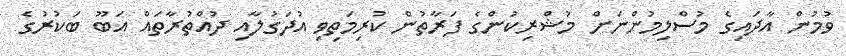
ވުމުން އާދައިގެ މުސްލިމުންނަށް މުޝްރިކުންގެ ފަރާތުން ކުރިމަތިވި އުދަގުލާއި ދުއްތުރާތައް އަބޫ ބަކުރުގެ